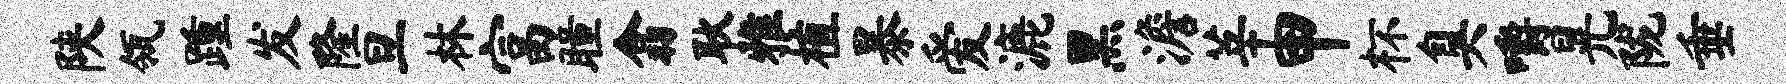
陕瓴踵发隆旦林富瞳翕耿雅植暴爱漉黑澹莘甲杯臭嚼晃陇垂